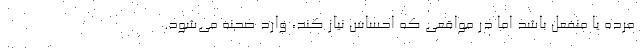
مرده یا منفعل باشد اما در مواقعی که احساس نیاز کند، وارد صحنه می‌شود.